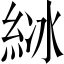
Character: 𦀋